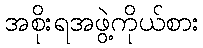
အစိုးရအဖွဲ့ကိုယ်စား